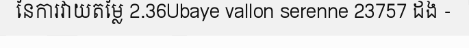
នៃការវាយតម្លៃ 2.36Ubaye vallon serenne 23757 ដង -